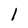
Character: l